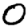
Digit: 0